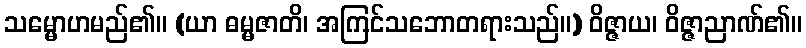
သမ္မောဟမည်၏။ (ယာ ဓမ္မဇာတိ၊ အကြင်သဘောတရားသည်။) ဝိဇ္ဇာယ၊ ဝိဇ္ဇာညာဏ်၏။